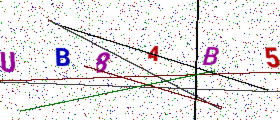
Text: UB8AB5